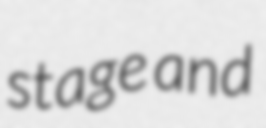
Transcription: stage and